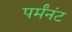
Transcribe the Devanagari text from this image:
पर्मंनंट